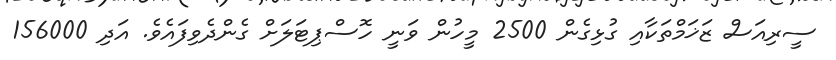
ސީރިއަސް ޒަޚަމްތަކާއި ގުޅިގެން 2500 މީހުން ވަނީ ހޮސްޕިޓަލަށް ގެންދެވިފައެވެ. އަދި 156000